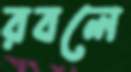
রবলে